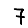
Digit: 7